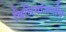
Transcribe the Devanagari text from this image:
विनियोजनीय